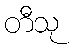
တီသု